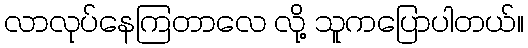
လာလုပ်နေကြတာလေ လို့ သူကပြောပါတယ်။